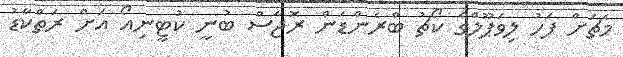
މެޗަށް ފަހު ލިވަޕޫލްގެ ކޯޗު ބްރެންޑަން ރޮޖާސް ބުނީ ކުޓީނިއޯ އަށް ރަތްކާޑު